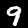
Digit: 9